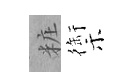
粧禦